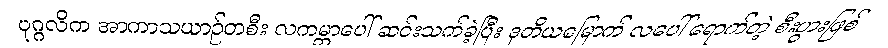
ပုဂ္ဂလိက အာကာသယာဉ်တစီး လကမ္ဘာပေါ် ဆင်းသက်ခဲ့ပြီး ဒုတိယမြောက် လပေါ် ရောက်တဲ့ စီးပွားဖြစ်